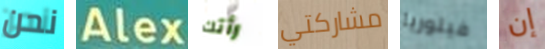
نحن Alex رأتك مشاركتي فيتوريا إن